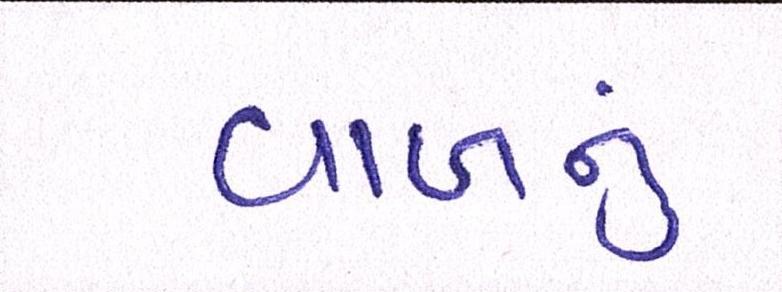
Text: વાળનું